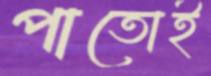
পাতোই